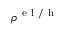
\rho ^ { \mathrm { ~ e ~ l ~ / ~ h ~ } }